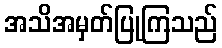
အသိအမှတ်ပြုကြသည်